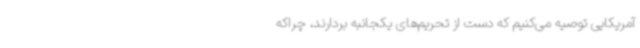
آمریکایی توصیه می‌کنیم که دست از تحریم‌های یکجانبه بردارند، چراکه